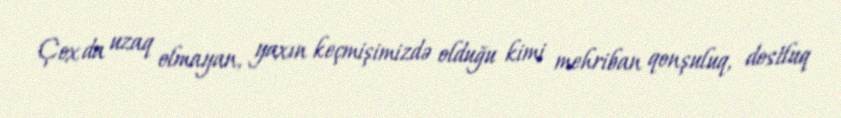
Çox da uzaq olmayan, yaxın keçmişimizdə olduğu kimi mehriban qonşuluq, dostluq